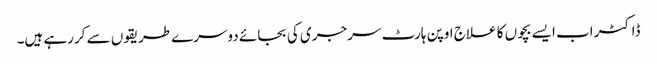
ڈاکٹر اب ایسے بچوں کا علاج اوپن ہارٹ سرجری کی بجائے دوسرے طریقوں سے کررہے ہیں۔